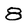
Character: 8